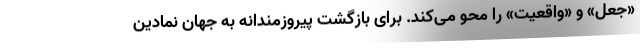
«جعل» و «واقعیت» را محو می‌کند. برای بازگشت پیروزمندانه به جهان نمادین